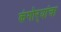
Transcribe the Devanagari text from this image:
कंगोर्‍यांचा